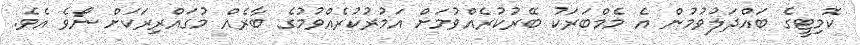
ކޮމިޓީގެ ބައްދަލުވުމުން އެ މެމްބަރަކު ބޭރުކުރެއްވުމަށް އަމުރުކުރެއްވުމުގެ ބާރެއް މުގައްރިރަކަށް ނޯވެ އެވެ.